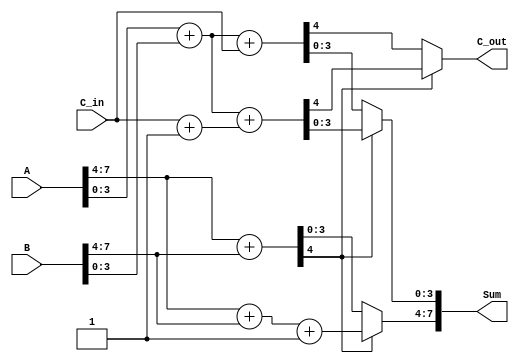
module carry_select_adder (
    input [7:0] A,        // 8-bit operand A
    input [7:0] B,        // 8-bit operand B
    input C_in,           // Carry input
    output [7:0] Sum,     // 8-bit sum output
    output C_out          // Carry output
);

    // Intermediate signals for sums and carries
    wire [4:0] S0, S1;    // Sums for higher-order bits (with carry-in 0 and 1)
    wire [4:0] S2, S3;    // Sums for lower-order bits (with carry-in 0 and 1)
    wire C_out_high;       // Carry out from higher-order block
    wire C_out_low;        // Carry out from lower-order block

    // Higher-order block (A[7:4] + B[7:4])
    assign S0 = A[7:4] + B[7:4];          // S0 = A[7:4] + B[7:4] + 0
    assign S1 = A[7:4] + B[7:4] + 1;      // S1 = A[7:4] + B[7:4] + 1
    assign C_out_high = S0[4];            // Carry out from higher-order block

    // Lower-order block (A[3:0] + B[3:0])
    assign S2 = A[3:0] + B[3:0] + C_in;   // S2 = A[3:0] + B[3:0] + C_in
    assign S3 = A[3:0] + B[3:0] + (C_in + 1'b1); // S3 = A[3:0] + B[3:0] + (C_in + 1)

    // Select the appropriate sum based on the carry out from the higher-order block
    assign Sum[7:4] = (C_out_high) ? S1[3:0] : S0[3:0]; // Select higher-order sum
    assign C_out = (C_out_high) ? S3[4] : S2[4]; // Carry out selection
    assign Sum[3:0] = (C_out_high) ? S3[3:0] : S2[3:0]; // Select lower-order sum

endmodule